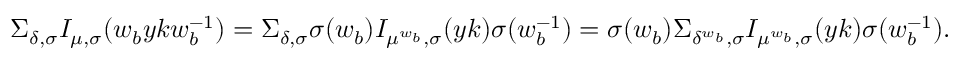
\Sigma _ { \delta , \sigma } I _ { \mu , \sigma } ( w _ { b } y k w _ { b } ^ { - 1 } ) = \Sigma _ { \delta , \sigma } \sigma ( w _ { b } ) I _ { \mu ^ { w _ { b } } , \sigma } ( y k ) \sigma ( w _ { b } ^ { - 1 } ) = \sigma ( w _ { b } ) \Sigma _ { \delta ^ { w _ { b } } , \sigma } I _ { \mu ^ { w _ { b } } , \sigma } ( y k ) \sigma ( w _ { b } ^ { - 1 } ) .